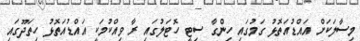
މިސާލަކަށް އައްޑުއަތޮޅު ގަމުގައި ހިންގާ ސިޓީ ހޮޓަލުގައި ރާ ވިއްކުމަކީ އައްޑުއަތޮޅު ހިތަދޫގައި